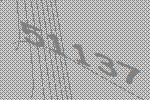
51137